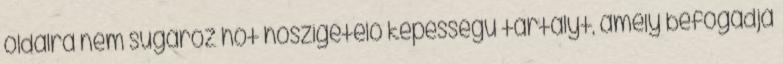
oldalra nem sugároz hőt hőszigetelő képességű tartályt, amely befogadja